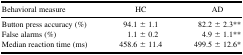
| Behavioral measure | HC | AD |
 | --- | --- | --- |
 | Button press accuracy (%) | 94.1 ± 1.1 | 82.2 ± 2.3∗∗ |
 | False alarms (%) | 1.1 ± 0.2 | 4.9 ± 1.1∗∗ |
 | Median reaction time (ms) | 458.6 ± 11.4 | 499.5 ± 12.6∗ |